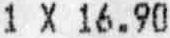
1 X 16.90